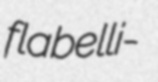
flabelli-